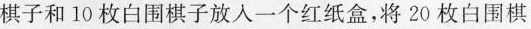
棋子和10枚白围棋子放入一个红纸盒，将20枚白围棋